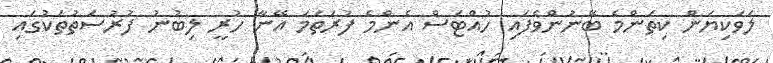
ލަވަކިޔަން ކިތަންމެ ބޭނުންވެފައި ހުއްޓަސް އެންމެ ފުރަތަމަ އޭނާ ހުރީ ލިބުނު ފުރުސަތުތަކުގައި